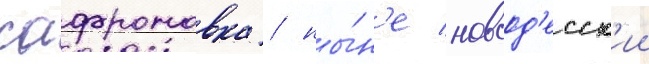
сафроновка / ны́н'е новоод'есск'ии